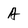
Character: A